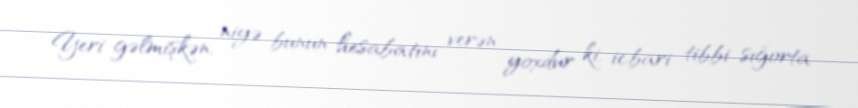
Yeri gəlmişkən, niyə bunun hesabatını verən yoxdur ki, icbari tibbi sığorta